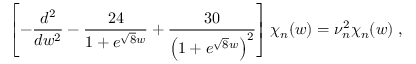
\left[ - \frac { d ^ { 2 } } { d w ^ { 2 } } - \frac { 2 4 } { 1 + e ^ { \sqrt { 8 } w } } + \frac { 3 0 } { \left( 1 + e ^ { \sqrt { 8 } w } \right) ^ { 2 } } \right] \chi _ { n } ( w ) = \nu _ { n } ^ { 2 } \chi _ { n } ( w ) \; ,